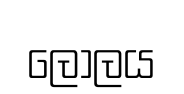
ලෝලය